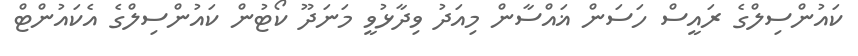
ކައުންސިލްގެ ރައީސް ހަސަން ޣައްސާން މިއަދު ވިދާޅުވީ މަނަދޫ ކޯޓުން ކައުންސިލްގެ އެކައުންޓް